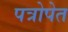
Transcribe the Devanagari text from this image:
पत्रोपेत